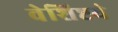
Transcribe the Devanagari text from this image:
वेशिष्टये